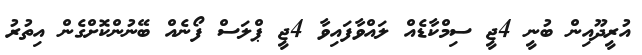
އުރީދޫއިން ބުނީ 4ޖީ ސިމްކާޑެއް ލައްވާފައިވާ 4ޖީ ޕްލަސް ފޯނެއް ބޭނުންކޮށްގެން އިތުރު